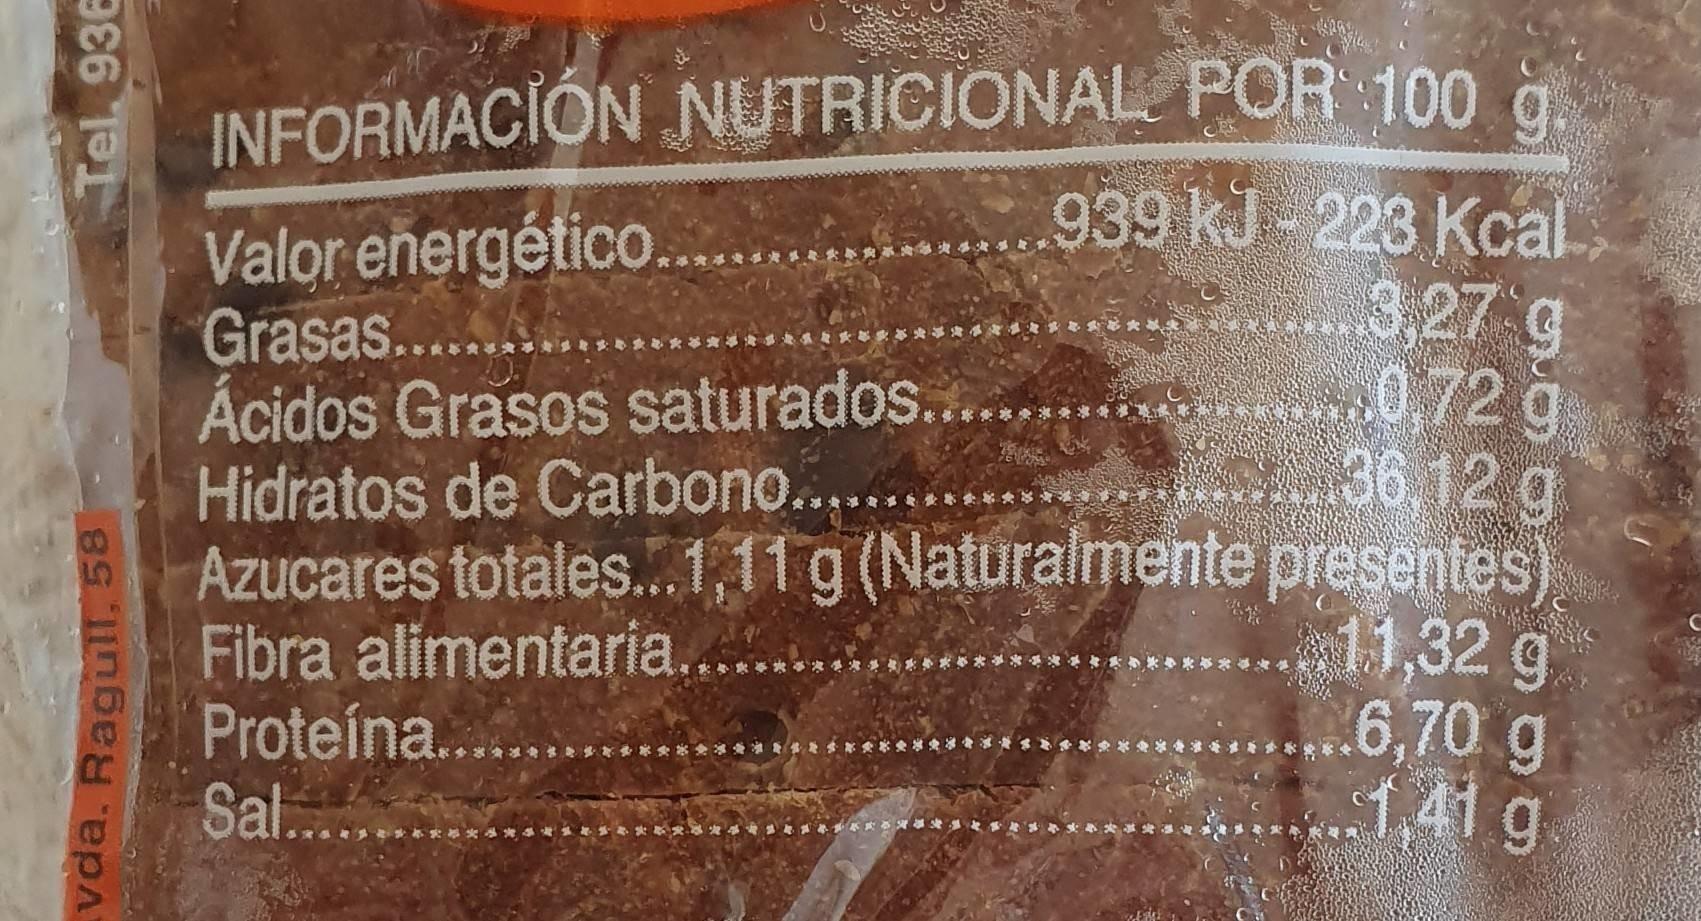
INFORMACIÓN NUTRICIONAL POR 100 à.
Valor energético. Grasas..... Ácidos Grasos saturados.. Hidratos de Carbono.. Azucares totales.1,11 g (Naturalmente presentes) Fibra alimentaria.. Proteína.. Sal...
939 kJ -223 Kcal, 3,27 g 0,72 g 36,12 g
***
11,32 g 6,70 g 1,41 g
於 济 海 タ
vda. Ragull, 58
Tel. 936